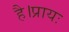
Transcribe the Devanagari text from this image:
है।प्रायः